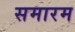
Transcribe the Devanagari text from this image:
समारम